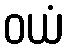
ဝယံ